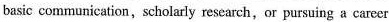
basic communication,scholarly research,or pursuing a career